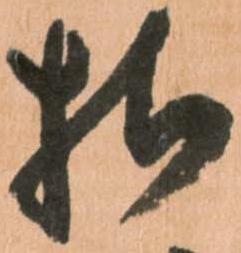
様